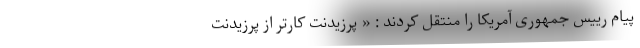
پیام رییس جمهوری آمریکا را منتقل کردند : « پرزیدنت کارتر از پرزیدنت